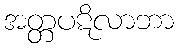
အတ္တပဋိလာဘာ